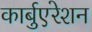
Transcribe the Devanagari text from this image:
कार्बुएरेशन